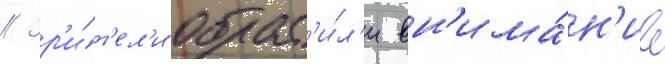
// Зр'и́т'ел'и обрат'и́л'и вн'има́н'ие